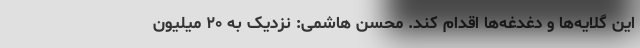
این گلایه‌ها و دغدغه‌ها اقدام کند. محسن هاشمی: نزدیک به ۲۰ میلیون